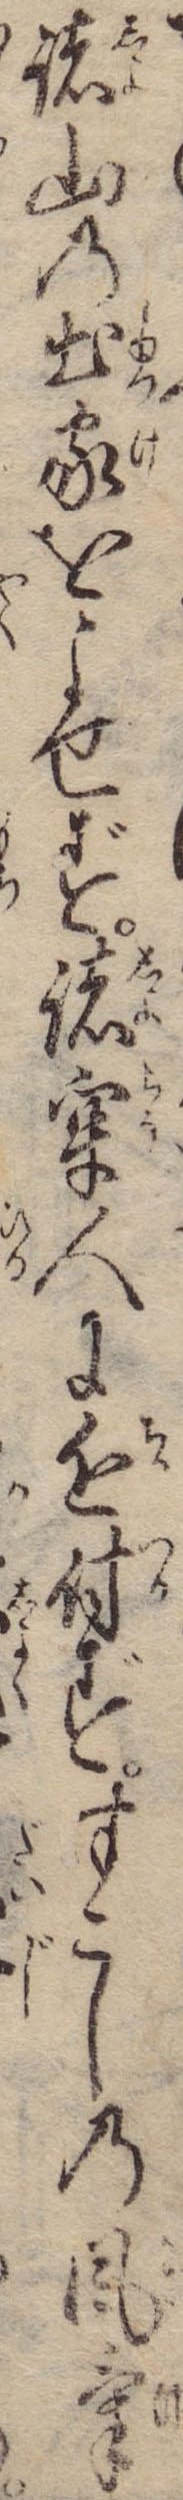
諸山の出家をよせず諸牢人に近付ずすこしの風気